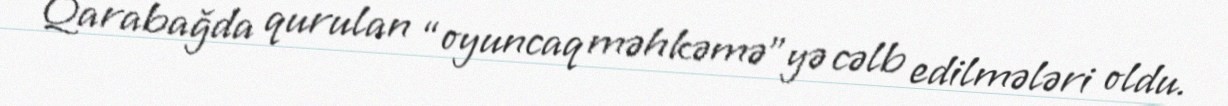
Qarabağda qurulan “oyuncaq məhkəmə”yə cəlb edilmələri oldu.